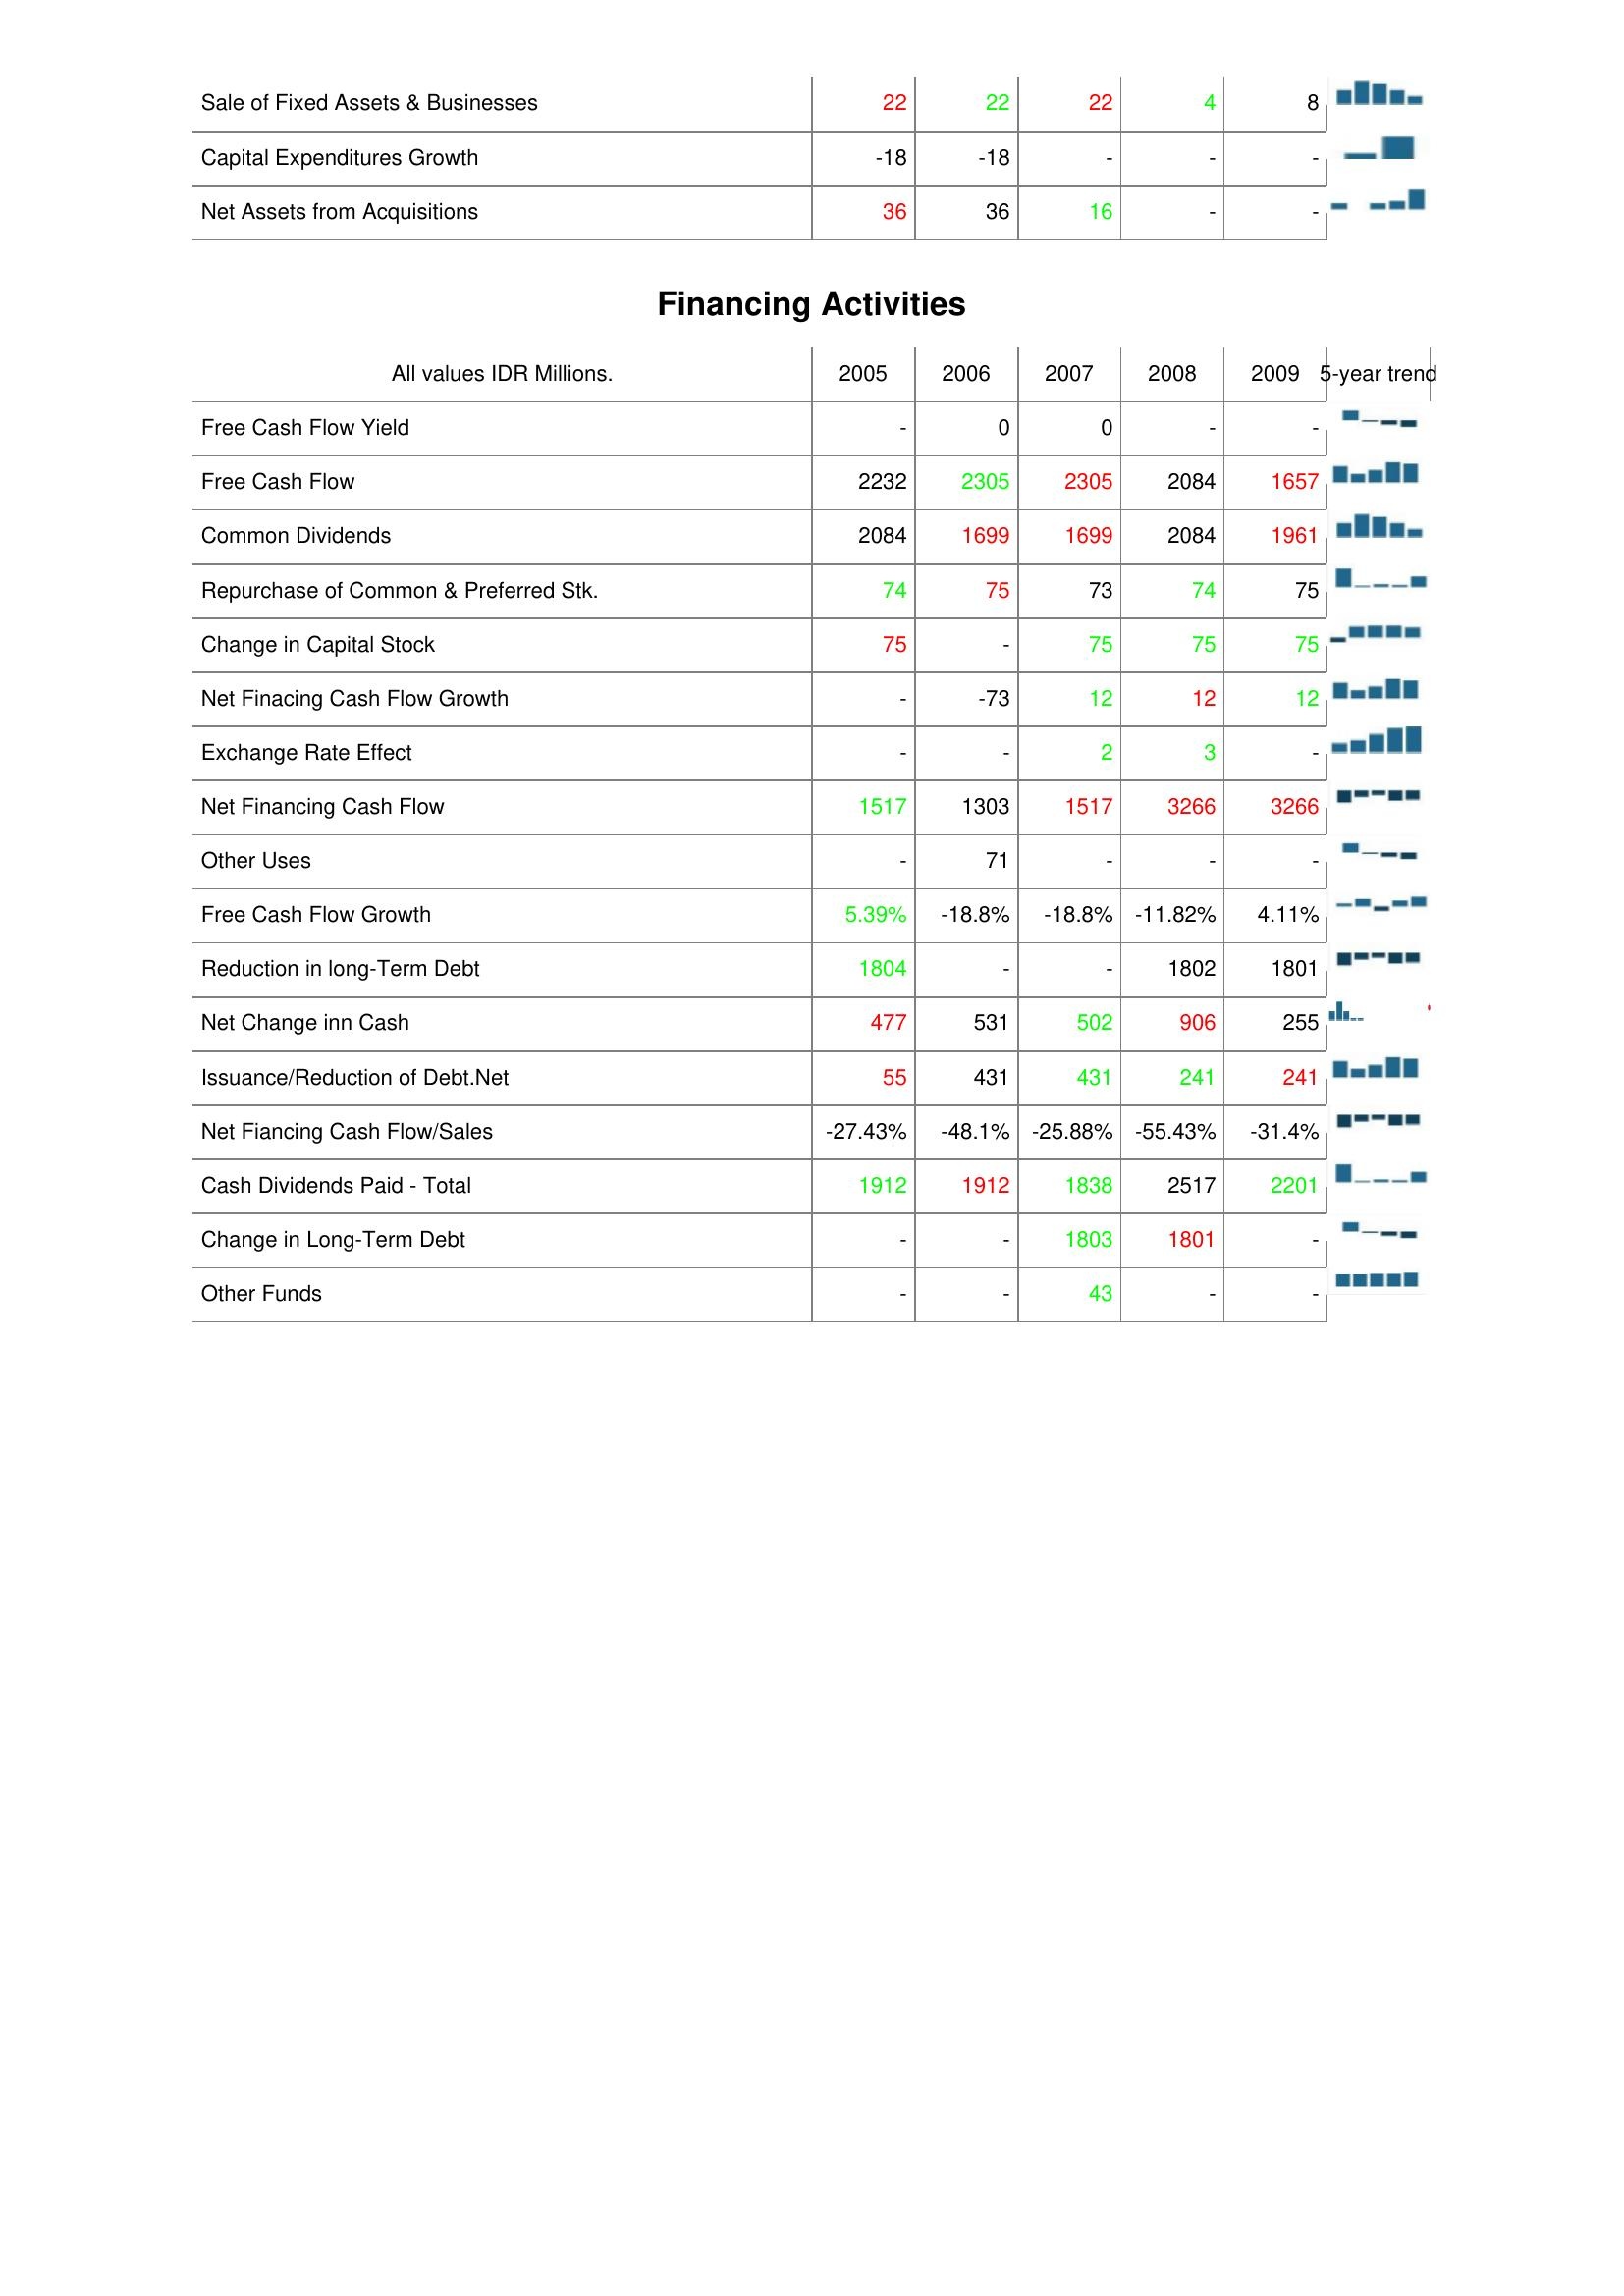
2005: Investing Activities: Sale of Fixed Assets & Businesses: 22
Capital Expenditures Growth: -18
Net Assets from Acquisitions: 36
Financing Activities: Free Cash Flow Yield: -
Free Cash Flow: 2232
Common Dividends: 2084
Repurchase of Common & Preferred Stk.: 74
Change in Capital Stock: 75
Net Finacing Cash Flow Growth: -
Exchange Rate Effect: -
Net Financing Cash Flow: 1517
Other Uses: -
Free Cash Flow Growth: 5.39%
Reduction in long-Term Debt: 1804
Net Change inn Cash: 477
Issuance/Reduction of Debt.Net: 55
Net Fiancing Cash Flow/Sales: -27.43%
Cash Dividends Paid - Total: 1912
Change in Long-Term Debt: -
Other Funds: -
2006: Investing Activities: Sale of Fixed Assets & Businesses: 22
Capital Expenditures Growth: -18
Net Assets from Acquisitions: 36
Financing Activities: Free Cash Flow Yield: 0
Free Cash Flow: 2305
Common Dividends: 1699
Repurchase of Common & Preferred Stk.: 75
Change in Capital Stock: -
Net Finacing Cash Flow Growth: -73
Exchange Rate Effect: -
Net Financing Cash Flow: 1303
Other Uses: 71
Free Cash Flow Growth: -18.8%
Reduction in long-Term Debt: -
Net Change inn Cash: 531
Issuance/Reduction of Debt.Net: 431
Net Fiancing Cash Flow/Sales: -48.1%
Cash Dividends Paid - Total: 1912
Change in Long-Term Debt: -
Other Funds: -
2007: Investing Activities: Sale of Fixed Assets & Businesses: 22
Capital Expenditures Growth: -
Net Assets from Acquisitions: 16
Financing Activities: Free Cash Flow Yield: 0
Free Cash Flow: 2305
Common Dividends: 1699
Repurchase of Common & Preferred Stk.: 73
Change in Capital Stock: 75
Net Finacing Cash Flow Growth: 12
Exchange Rate Effect: 2
Net Financing Cash Flow: 1517
Other Uses: -
Free Cash Flow Growth: -18.8%
Reduction in long-Term Debt: -
Net Change inn Cash: 502
Issuance/Reduction of Debt.Net: 431
Net Fiancing Cash Flow/Sales: -25.88%
Cash Dividends Paid - Total: 1838
Change in Long-Term Debt: 1803
Other Funds: 43
2008: Investing Activities: Sale of Fixed Assets & Businesses: 4
Capital Expenditures Growth: -
Net Assets from Acquisitions: -
Financing Activities: Free Cash Flow Yield: -
Free Cash Flow: 2084
Common Dividends: 2084
Repurchase of Common & Preferred Stk.: 74
Change in Capital Stock: 75
Net Finacing Cash Flow Growth: 12
Exchange Rate Effect: 3
Net Financing Cash Flow: 3266
Other Uses: -
Free Cash Flow Growth: -11.82%
Reduction in long-Term Debt: 1802
Net Change inn Cash: 906
Issuance/Reduction of Debt.Net: 241
Net Fiancing Cash Flow/Sales: -55.43%
Cash Dividends Paid - Total: 2517
Change in Long-Term Debt: 1801
Other Funds: -
2009: Investing Activities: Sale of Fixed Assets & Businesses: 8
Capital Expenditures Growth: -
Net Assets from Acquisitions: -
Financing Activities: Free Cash Flow Yield: -
Free Cash Flow: 1657
Common Dividends: 1961
Repurchase of Common & Preferred Stk.: 75
Change in Capital Stock: 75
Net Finacing Cash Flow Growth: 12
Exchange Rate Effect: -
Net Financing Cash Flow: 3266
Other Uses: -
Free Cash Flow Growth: 4.11%
Reduction in long-Term Debt: 1801
Net Change inn Cash: 255
Issuance/Reduction of Debt.Net: 241
Net Fiancing Cash Flow/Sales: -31.4%
Cash Dividends Paid - Total: 2201
Change in Long-Term Debt: -
Other Funds: -